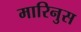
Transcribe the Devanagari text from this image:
मारिनुस